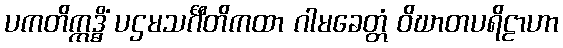
ပကတိဣဒ္ဓိံ ပဌမသင်္ဂီတိကထာ ဂါမခေတ္တံ ဝိဃာတပရိဠာဟာ